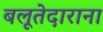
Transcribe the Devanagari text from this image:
बलूतेदाराना